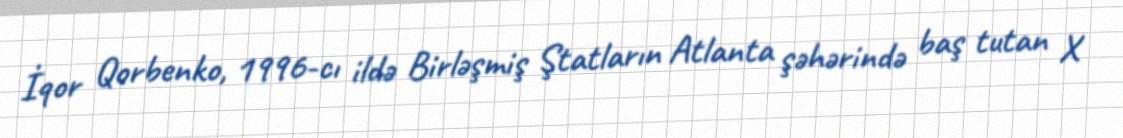
İqor Qorbenko, 1996-cı ildə Birləşmiş Ştatların Atlanta şəhərində baş tutan X